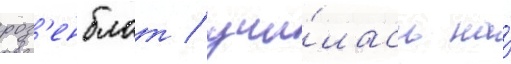
роз'енблат / учи́лась на́